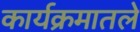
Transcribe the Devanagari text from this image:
कार्यक्रमातले